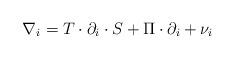
LaTeX: \begin{align*}\nabla_{i} = T\cdot \partial_{i}\cdot S + \Pi\cdot \partial_{i} + \nu_{i}\end{align*}